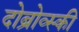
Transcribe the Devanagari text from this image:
दोब्रोव्स्की